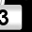
Digit: 3